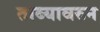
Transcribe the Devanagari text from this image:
ताब्यावरुन